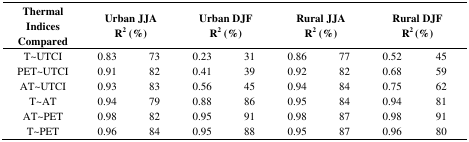
| Thermal Indices Compared | <COLSPAN=2> Urban JJA R2 (%) | <COLSPAN=2> Urban DJF R2 (%) | <COLSPAN=2> Rural JJA R2 (%) | <COLSPAN=2> Rural DJF R2 (%) |
 | --- | --- | --- | --- | --- | --- | --- | --- | --- |
 | T~UTCI | 0.83 | 73 | 0.23 | 31 | 0.86 | 77 | 0.52 | 45 |
 | PET~UTCI | 0.91 | 82 | 0.41 | 39 | 0.92 | 82 | 0.68 | 59 |
 | AT~UTCI | 0.93 | 83 | 0.56 | 45 | 0.94 | 84 | 0.75 | 62 |
 | T~AT | 0.94 | 79 | 0.88 | 86 | 0.95 | 84 | 0.94 | 81 |
 | AT~PET | 0.98 | 82 | 0.95 | 91 | 0.98 | 87 | 0.98 | 91 |
 | T~PET | 0.96 | 84 | 0.95 | 88 | 0.95 | 87 | 0.96 | 80 |